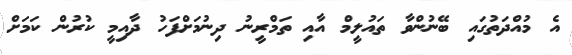
އެ މުއްދަތުގައި ބޭނުންވާ ތައުލީމް އާއި ތަމްރީނު ދިނުމަށްފަހު ދާއިމީ ކުރުން ކަމަށް